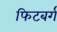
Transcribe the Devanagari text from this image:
फिटबर्ग